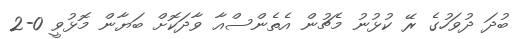
ބުދަ ދުވަހުގެ ރޭ ކުޅުނު މެޗުން އެތެންސްއާ ވާދަކޮށް ބަޔާން މޮޅުވީ 0-2